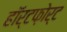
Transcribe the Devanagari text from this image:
हॉर्टफ़ोर्ट